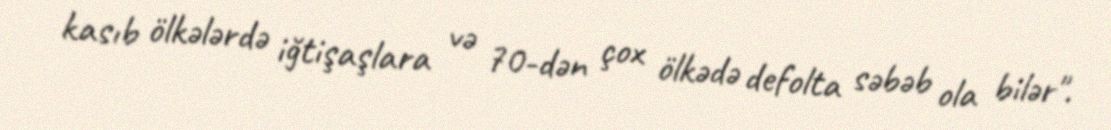
kasıb ölkələrdə iğtişaşlara və 70-dən çox ölkədə defolta səbəb ola bilər".